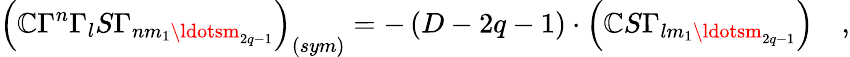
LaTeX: \left(\mathbb{C}\Gamma^{n}\Gamma_{l}S\Gamma_{nm_{1}\ldotsm_{2q-1}}\right)_{\left(sym\right)}=-\left(D-2q-1\right)\cdot\left(\mathbb{C}S\Gamma_{lm_{1}\ldotsm_{2q-1}}\right)\quad,